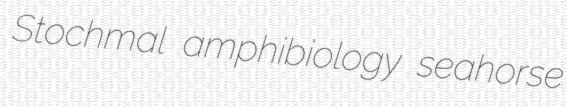
Stochmal amphibiology seahorse